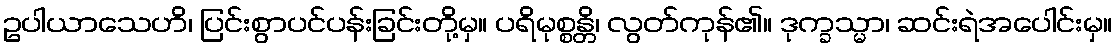
ဥပါယာသေဟိ၊ ပြင်းစွာပင်ပန်းခြင်းတို့မှ။ ပရိမုစ္စန္တိ၊ လွတ်ကုန်၏။ ဒုက္ခသ္မာ၊ ဆင်းရဲအပေါင်းမှ။